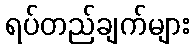
ရပ်တည်ချက်များ